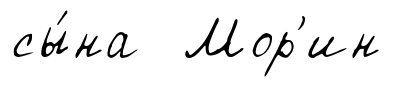
сы́на Мор'ин